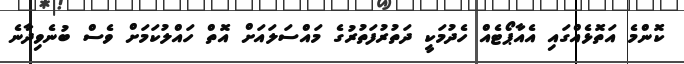
ކޮންމެ އަތޮޅެއްގައި އެއާޕޯޓެއް ހެދުމަކީ ދަތުރުފަތުރުގެ މައްސަލައަށް އޮތް ހައްލުކަމަށް ވެސް ބުނެވިދާނެ